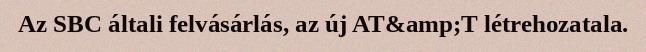
Az SBC általi felvásárlás, az új AT&amp;T létrehozatala.